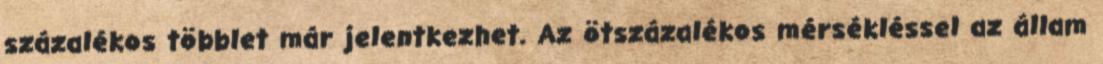
százalékos többlet már jelentkezhet. Az ötszázalékos mérsékléssel az állam